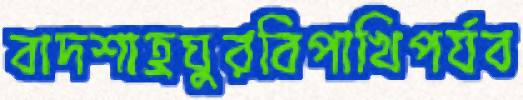
বাদশাহ্রঘুরবিপাখিপর্যব